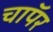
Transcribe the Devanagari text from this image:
चाॅपर